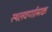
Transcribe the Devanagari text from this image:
स्थलवर्णात्मक